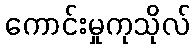
ကောင်းမှုကုသိုလ်